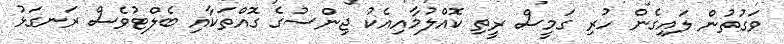
ވަގުތުން ލައިގެން ހުރި ގަމީސް ރީތި ކޮއްލުމާއިއެކު ޖިންސުގެ ގޮއްތަކާއި ބެލްޓުވެސް ރަނގަޅު